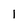
Character: I